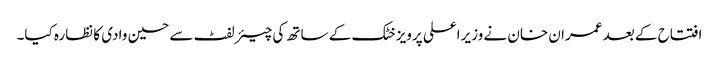
افتتاح کے بعد عمران خان نے وزیراعلی پرویز خٹک کے ساتھ کی چیئرلفٹ سے حسین وادی کا نظارہ کیا۔